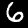
Digit: 6